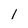
Character: 1